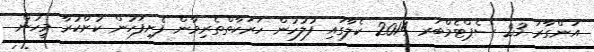
އަންގާރަ 23 ސެޕްޓެމްބަރ 2014 ކެލާގައި ފުލުހުން ހަރަކާތްތެރިވާން ފެށިފަހުން ކުށްކުރާ މީހުން